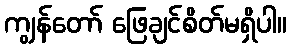
ကျွန်တော် ဖြေချင်စိတ်မရှိပါ။